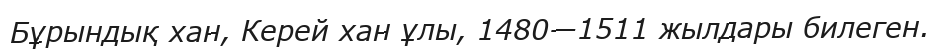
Бұрындық хан, Керей хан ұлы, 1480—1511 жылдары билеген.